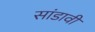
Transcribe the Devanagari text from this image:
सांडावी